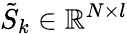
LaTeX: \tilde{S}_{k}\in\mathbb{R}^{N\times l}